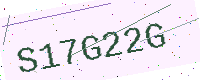
Text: S17G22G